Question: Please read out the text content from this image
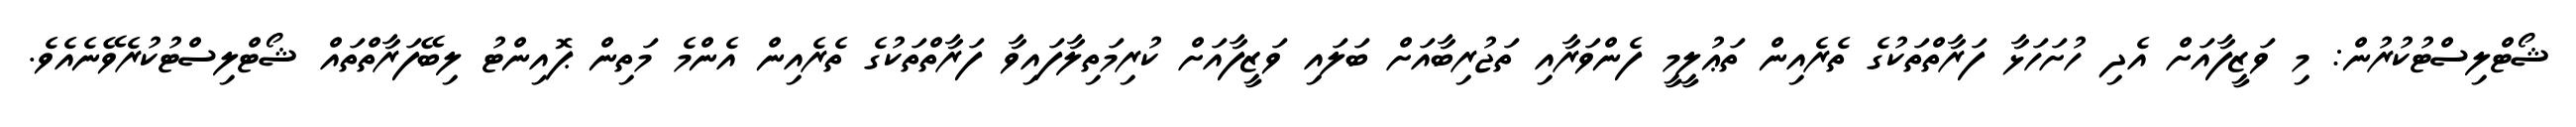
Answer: ޝޯޓްލިސްޓުކުރުން: މި ވަޒީފާއަށް އެދި ހުށަހަޅާ ފަރާތްތަކުގެ ތެރެއިން ތަޢުލީމީ ފެންވަރާއި ތަޖުރިބާއަށް ބަލައި ވަޒީފާއަށް ކުރިމަތިލާފައިވާ ފަރާތްތަކުގެ ތެރެއިން އެންމެ މަތިން ޕޮއިންޓު ލިބޭފަރާތްތައް ޝޯޓްލިސްޓުކުރެވޭނެއެވެ.